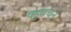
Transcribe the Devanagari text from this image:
वहुवचन